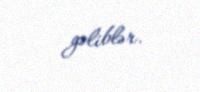
gəliblər.